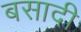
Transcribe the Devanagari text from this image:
बसादी